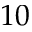
1 0